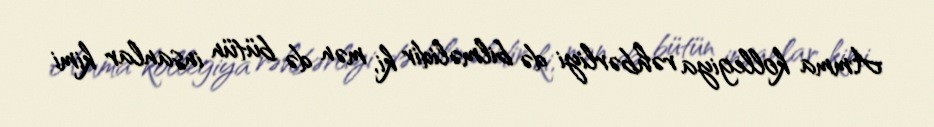
Amma kollegiya rəhbərliyi də bilməlidir ki, mən də bütün insanlar kimi